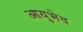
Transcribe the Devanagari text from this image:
आयुभेद